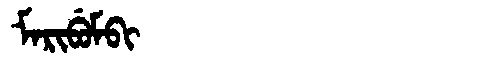
Manchu: ᠮᠠᡵᡳᠪᡠᠮᠪᡳ
Romanization: MARIBUMBI